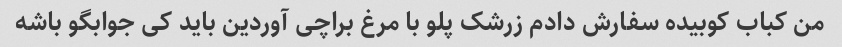
من کباب کوبیده سفارش دادم زرشک پلو با مرغ براچی آوردین باید کی جوابگو باشه